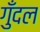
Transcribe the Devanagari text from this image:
गुँदल